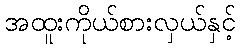
အထူးကိုယ်စားလှယ်နှင့်